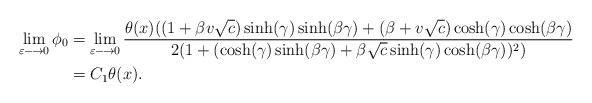
LaTeX: \begin{align*}\lim\limits_{\varepsilon \longrightarrow 0}\phi_0&=\lim\limits_{\varepsilon \longrightarrow 0} \frac{\theta(x)((1+\beta v \sqrt{c})\sinh(\gamma)\sinh(\beta\gamma)+(\beta+v\sqrt{c})\cosh(\gamma)\cosh(\beta\gamma) }{2(1+(\cosh(\gamma)\sinh(\beta \gamma)+\beta \sqrt{c}\sinh(\gamma)\cosh(\beta\gamma))^2)}\\& = C_1\theta(x).\end{align*}